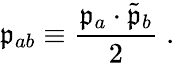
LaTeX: \mathfrak{p}_{ab}\equiv\frac{{\mathfrak{p}_{a}\cdot\tilde{{\mathfrak{p}}}_{b}}}{{2}}\; .